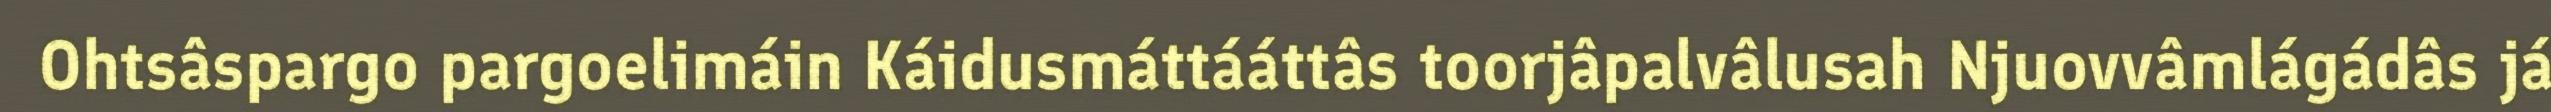
Ohtsâspargo pargoelimáin Káidusmáttááttâs toorjâpalvâlusah Njuovvâmlágádâs já